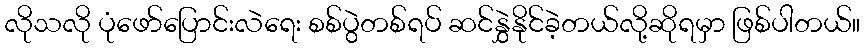
လိုသလို ပုံဖော်ပြောင်းလဲရေး စစ်ပွဲတစ်ရပ် ဆင်နွှဲနိုင်ခဲ့တယ်လို့ဆိုရမှာ ဖြစ်ပါတယ်။